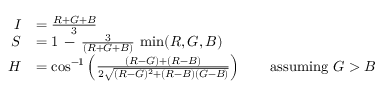
{ \begin{array} { r l } { I } & { = { \frac { R + G + B } { 3 } } } \\ { S } & { = 1 \, - \, { \frac { 3 } { ( R + G + B ) } } \, \operatorname* { m i n } ( R , G , B ) } \\ { H } & { = \cos ^ { - 1 } \left( { \frac { ( R - G ) + ( R - B ) } { 2 { \sqrt { ( R - G ) ^ { 2 } + ( R - B ) ( G - B ) } } } } \right) \qquad { \mathrm { a s s u m i n g ~ } } G > B } \end{array} }